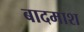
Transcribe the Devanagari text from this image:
बादमाश